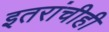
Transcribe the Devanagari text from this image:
इतरांचीही